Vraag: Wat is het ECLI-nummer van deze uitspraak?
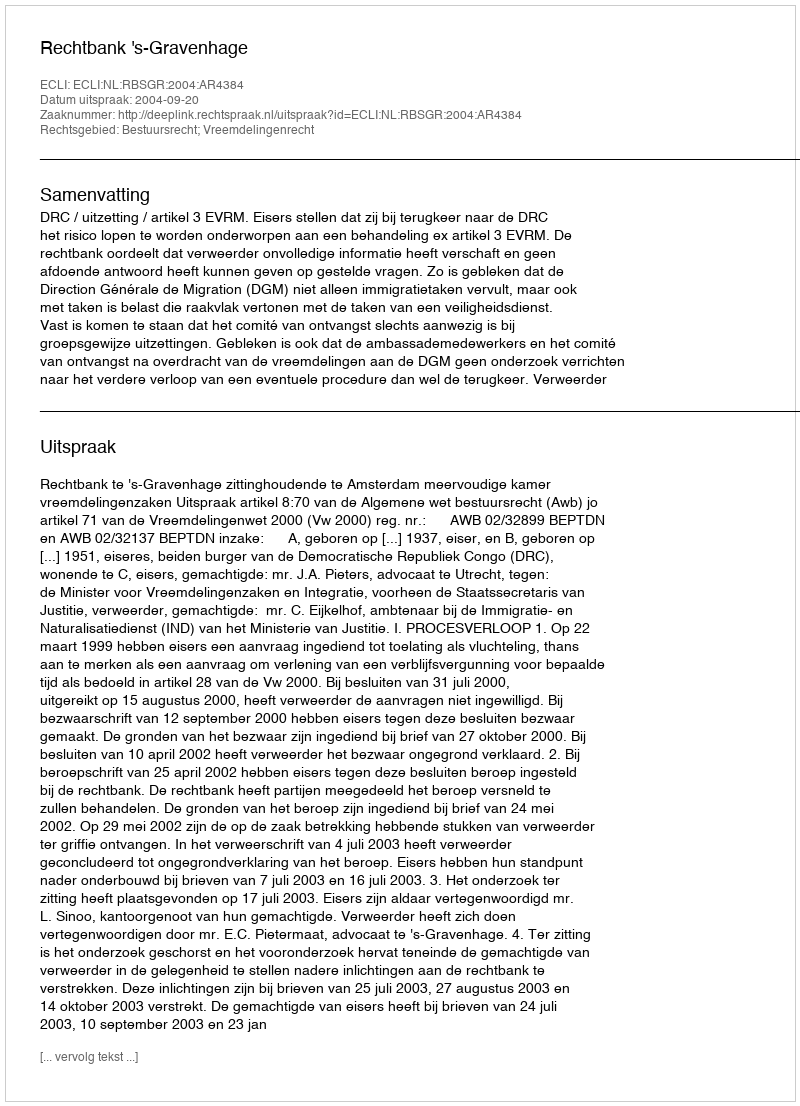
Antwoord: ECLI:NL:RBSGR:2004:AR4384